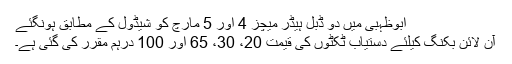
ابوظہبی میں دو ڈبل ہیڈر میچز 4 اور 5 مارچ کو شیڈول کے مطابق ہونگئے
آن لائن بکنگ کیلئے دستیاب ٹکٹوں کی قیمت 20، 30، 65 اور 100 درہم مقرر کی گئی ہے۔